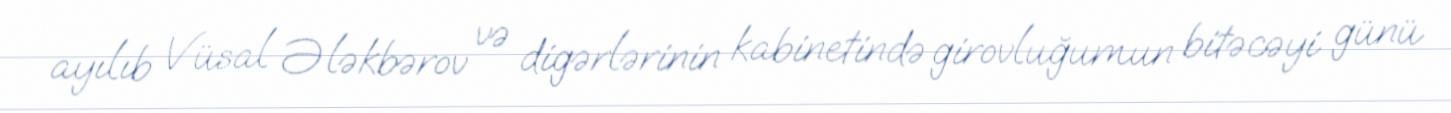
ayılıb Vüsal Ələkbərov və digərlərinin kabinetində girovluğumun bitəcəyi günü